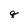
Character: q